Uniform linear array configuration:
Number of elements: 32
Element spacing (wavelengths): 0.25
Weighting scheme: uniform
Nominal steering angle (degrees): -45
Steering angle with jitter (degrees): -46.717
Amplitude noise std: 0.05
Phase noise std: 0.05

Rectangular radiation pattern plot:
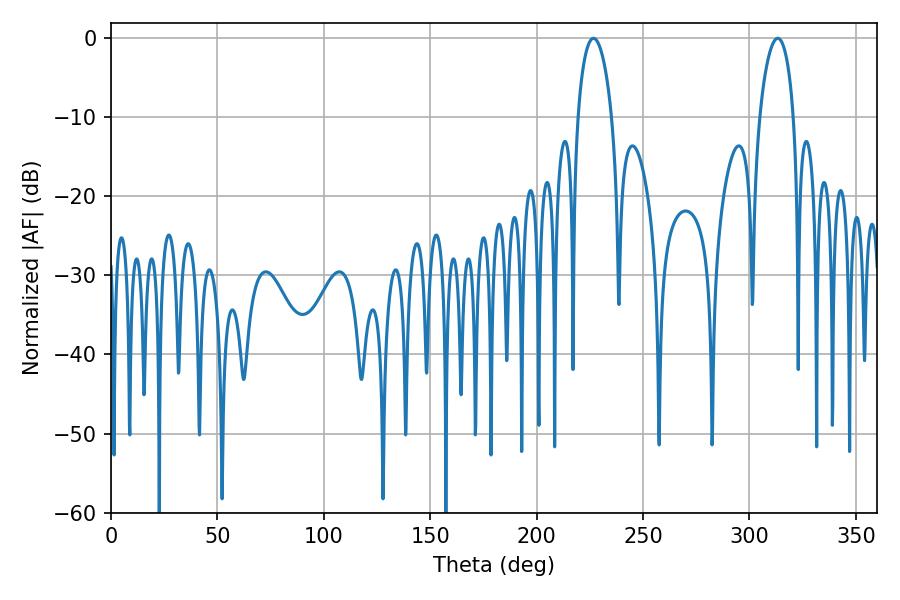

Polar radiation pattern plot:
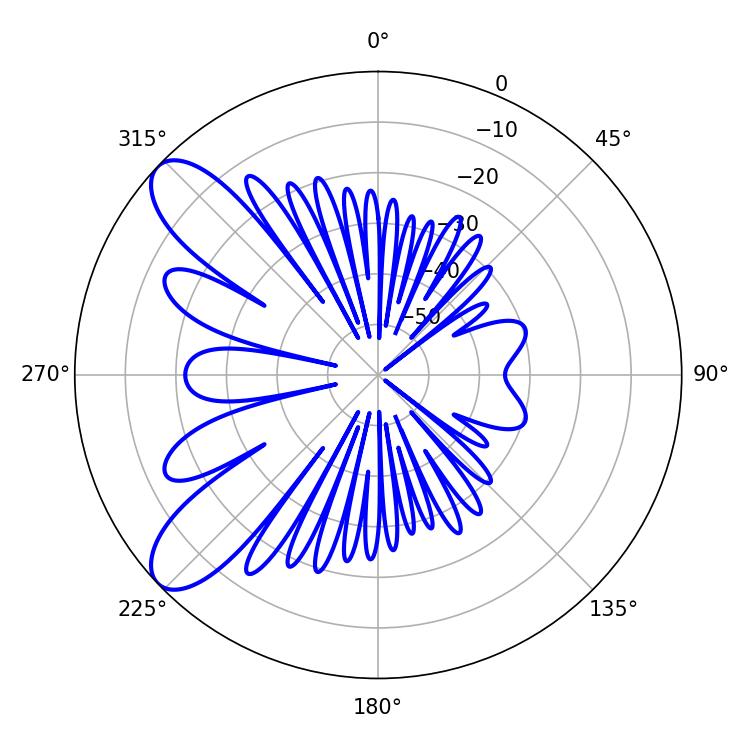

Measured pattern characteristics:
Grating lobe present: FALSE
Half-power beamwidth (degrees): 9.18
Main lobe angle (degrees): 226.8